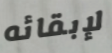
لإبقائه